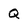
Character: Q